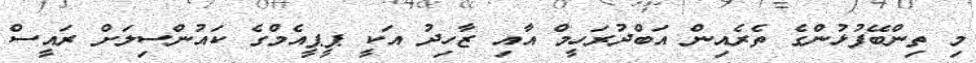
މި ތިންބޭފުޅުންގެ ތެރެއިން އަބްދުރަހީމް އާއި ޒާހިދު އަކީ ޕީޕީއެމްގެ ކައުންސިލަށް ރައީސް